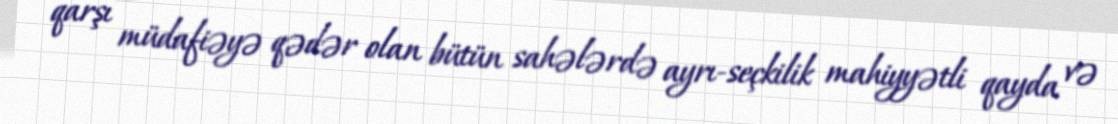
qarşı müdafiəyə qədər olan bütün sahələrdə ayrı-seçkilik mahiyyətli qayda və